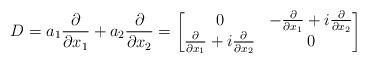
LaTeX: \begin{align*}D=a_1 \frac{\partial}{\partial x_1}+a_2 \frac{\partial}{\partial x_2}=\begin{bmatrix}0&-\frac{\partial}{\partial x_1}+i \frac{\partial}{\partial x_2}\\\frac{\partial}{\partial x_1}+i \frac{\partial}{\partial x_2}&0\end{bmatrix}\end{align*}